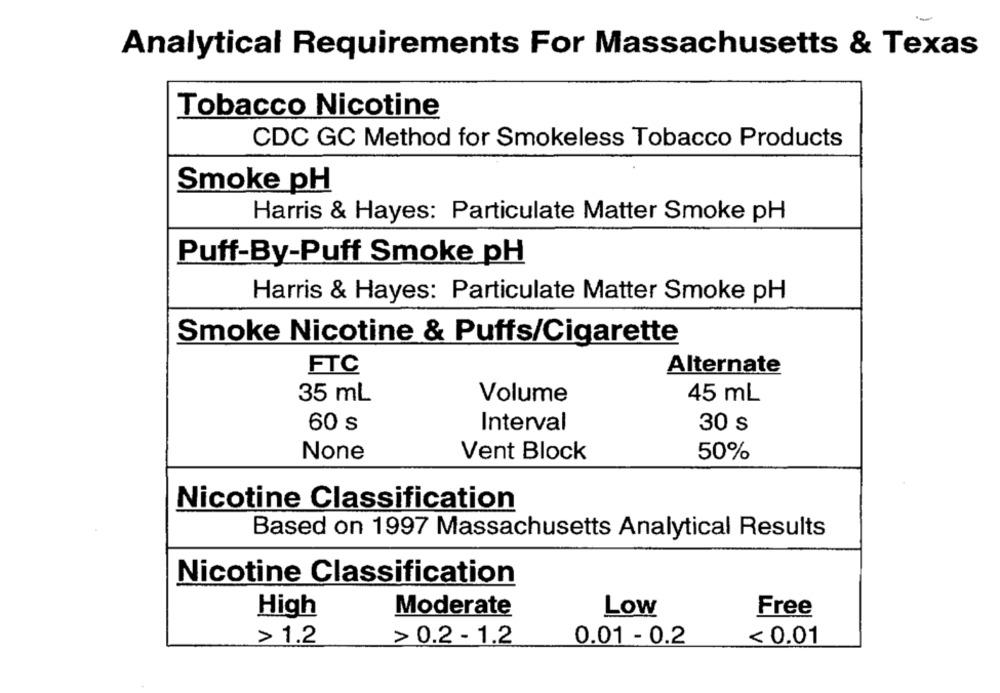
Analytical Requirements For Massachusetts & Texas
Tobacco Nicotine
CDC GC Method for Smokeless Tobacco Products
Smoke pH
Harris & Hayes: Particulate Matter Smoke pH
Puff-By-Puff Smoke pH
Harris & Hayes: Particulate Matter Smoke pH
Smoke Nicotine & Puffs/Cigarette
FTC
Alternate
35 mL
Volume
45 mL
60 s
Interval
30 s
Vent Block
50%
Nicotine Classification
Based on 1997 Massachusetts Analytical Results
Nicotine Classification
High
Moderate
Low
Free
> 1.2
> 0.2 - 1.2
0.01 - 0.2
< 0.01